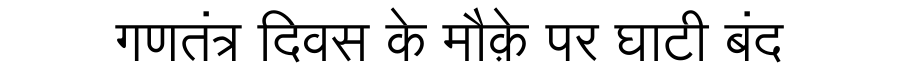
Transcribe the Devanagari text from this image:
गणतंत्र दिवस के मौक़े पर घाटी बंद